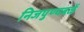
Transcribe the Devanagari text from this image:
निजपुण्यबळें